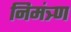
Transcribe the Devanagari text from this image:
निमंत्र्ण